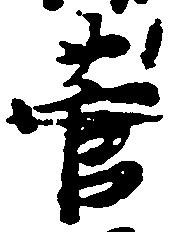
菅